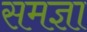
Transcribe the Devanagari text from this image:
समज्ञा